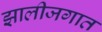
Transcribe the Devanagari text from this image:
झालीजगात